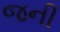
જની